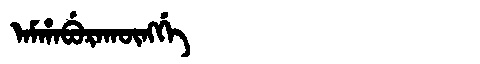
Manchu: ᠠᠮᡥᠠᠪᡠᡵᠠᡴᡡᠩᡤᡝ
Romanization: AMHABURAKŪNGGE